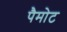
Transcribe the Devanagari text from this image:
पैमोट